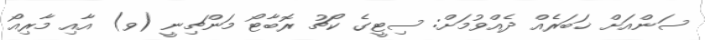
ސަންއަށް ޚަބަރެއް ދެއްވުމަށް: ސިޓީގެ ކޯޗު ރޮބާޓޯ މަންޗިނީ (ވ) އާއި މާރިއޯ